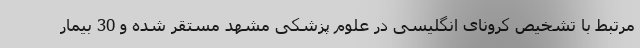
مرتبط با تشخیص کرونای انگلیسی در علوم پزشکی مشهد مستقر شده و 30 بیمار